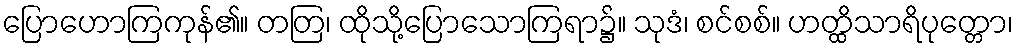
ပြောဟောကြကုန်၏။ တတြ၊ ထိုသို့ပြောသောကြရာ၌။ သုဒံ၊ စင်စစ်။ ဟတ္ထိသာရိပုတ္တော၊